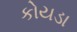
કોયડા